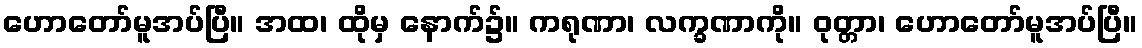
ဟောတော်မူအပ်ပြီ။ အထ၊ ထိုမှ နောက်၌။ ကရုဏာ၊ လက္ခဏာကို။ ဝုတ္တာ၊ ဟောတော်မူအပ်ပြီ။